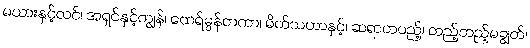
မယားနှင့်လင်၊ အရှင်နှင့်ကျွန်၊ ထေရ်မွန်တကာ၊ မိတ်သဟာနှင့်၊ ဆရာတပည့်၊ တည့်တည့်မချွတ်၊